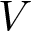
V